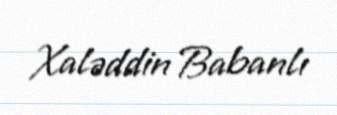
Xaləddin Babanlı